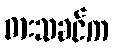
ဓားသခင်က